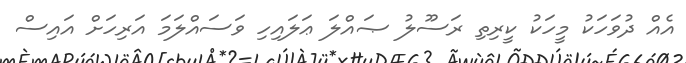
އެއް ދުވަހަކު މީހަކު ކީރިތި ރަސޫލު ޞައްލަ ޢަލައިހި ވަސައްލަމަ އަރިހަށް އައިސް